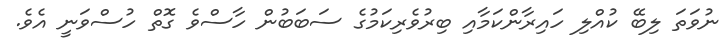
ނުވަތަ ލިބޭ ކުއްލި ހައިރާންކަމާއި ބިރުވެރިކަމުގެ ސަބަބުން ހާސްވެ ގޮތް ހުސްވަނީ އެވެ.